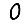
Digit: 0